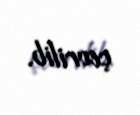
çevrilib.